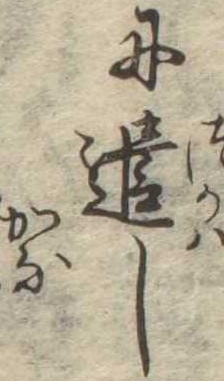
に遣し